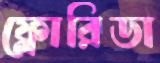
ফ্লোরিডা